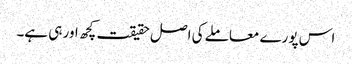
اس پورے معاملے کی اصل حقیقت کچھ اور ہی ہے۔